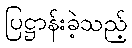
ပြဋ္ဌာန်းခဲ့သည့်